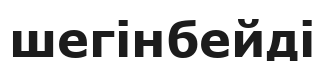
шегінбейді